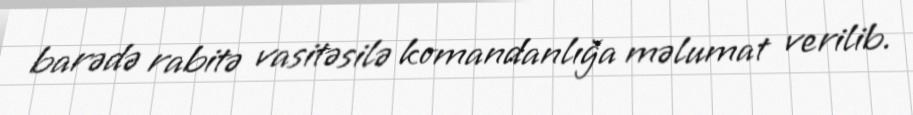
barədə rabitə vasitəsilə komandanlığa məlumat verilib.